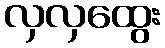
လှလှထွေး